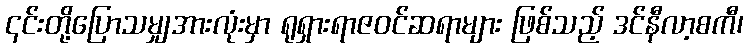
၎င်းတို့ပြောသမျှအားလုံးမှာ ရုရှားရာဇဝင်ဆရာများ ဖြစ်သည့် ဒင်နီလာ့စကီ၊